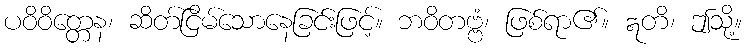
ပဝိဝိတ္တေန၊ ဆိတ်ငြိမ်သောနေခြင်းဖြင့်။ ဘဝိတဗ္ဗံ၊ ဖြစ်ရာ၏။ ဣတိ၊ ဤသို့။